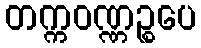
တက္ကဝဏ္ဏဉ္စပေ